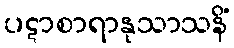
ပဋာစာရာနုသာသနိံ